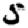
Digit: 5